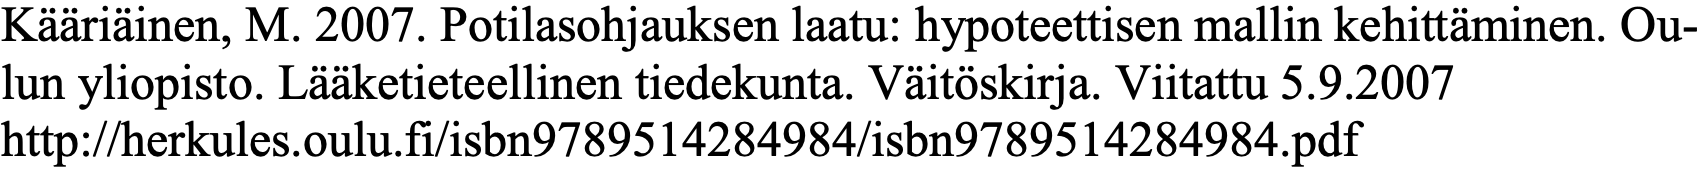
Kääriäinen, M. 2007. Potilasohjauksen laatu: hypoteettisen mallin kehittäminen. Ou- lun yliopisto. Lääketieteellinen tiedekunta. Väitöskirja. Viitattu 5.9.2007 http://herkules.oulu.fi/isbn9789514284984/isbn9789514284984.pdf